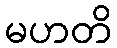
မဟတိ